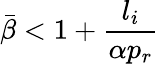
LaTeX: \bar{\beta}<1+\frac{l_{i}}{\alpha p_{r}}